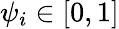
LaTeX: \psi_{i}\in[0,1]